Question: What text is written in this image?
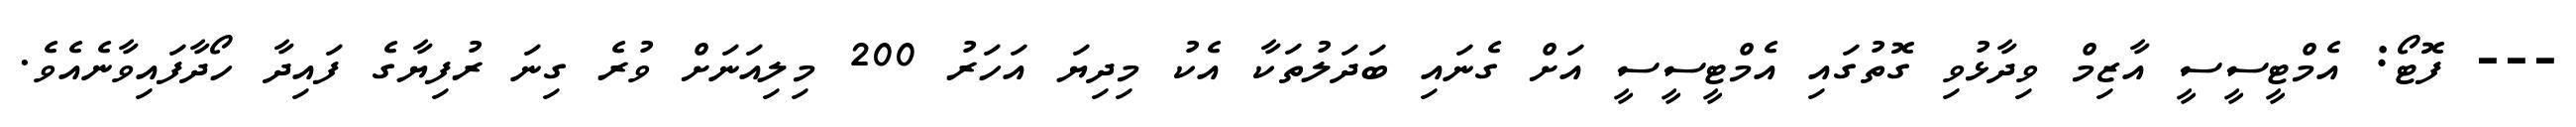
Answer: --- ފޮޓޯ: އެމްޓީސީސީ އާޒިމް ވިދާޅުވި ގޮތުގައި އެމްޓީސީސީ އަށް ގެނައި ބަދަލުތަކާ އެކު މިދިޔަ އަހަރު 200 މިލިއަނަށް ވުރެ ގިނަ ރުފިޔާގެ ފައިދާ ހޯދާފައިވާނެއެވެ.